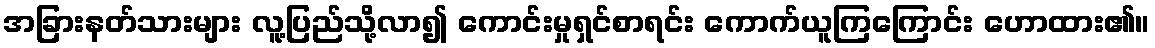
အခြားနတ်သားများ လူ့ပြည်သို့လာ၍ ကောင်းမှုရှင်စာရင်း ကောက်ယူကြကြောင်း ဟောထား၏။